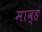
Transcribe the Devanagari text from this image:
माव्हं